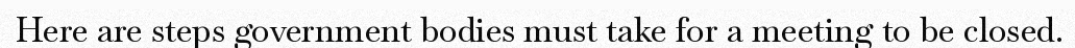
Here are steps government bodies must take for a meeting to be closed.